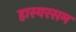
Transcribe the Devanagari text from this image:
हास्यरसम